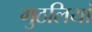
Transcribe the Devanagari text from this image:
गुठलियां